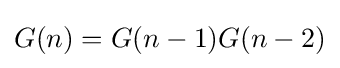
G(n)=G(n-1)G(n-2)